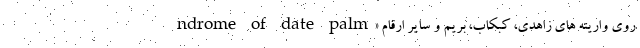
ndrome of date palm» روی واریته های زاهدی، کبکاب، بریم و سایر ارقام